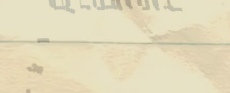
أفضل مكان لشراء الأدوات ا